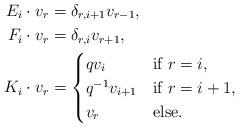
LaTeX: \begin{align*}E_{i}\cdot v_r&=\delta_{r, i+1}v_{r-1},\\F_{i}\cdot v_r&=\delta_{r, i}v_{r+1},\\K_i\cdot v_r&=\begin{cases}qv_{i}& \hbox {if } r=i, \\q^{-1} v_{i+1} & \hbox {if } r=i+1,\\v_{r} &\hbox {else}.\end{cases}\end{align*}